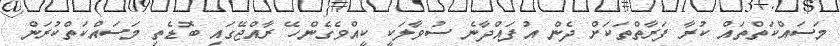
މަސައްކަތްތައް ކުރާ ފަރާތްތަކަށް ދެން އުފައްދާނެ ސުވާލަކީ ކީއްވެގެންހޭ ރާއްޖޭގައި ބޮޑެތި މަސައްކަތްކުރަން